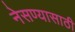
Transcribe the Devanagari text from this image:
नेसण्यासाठी